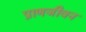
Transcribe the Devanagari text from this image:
प्राणजीवन